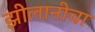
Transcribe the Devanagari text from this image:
झीलानीचा